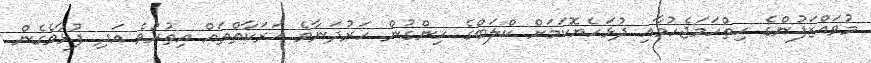
މުވައްޒަފުންގެ ހިތްހަމަޖެހުމާއި ދުޅަހެޔޮކަމަށް ކްލަބްގެ ހިންގުން ހަރުދަނާވެ ޙަރަކާތްތައް އިތުރުވެ އަދި ފުޅާވެގެން